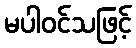
မပါဝင်သဖြင့်